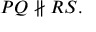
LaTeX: P Q \not \parallel R S .